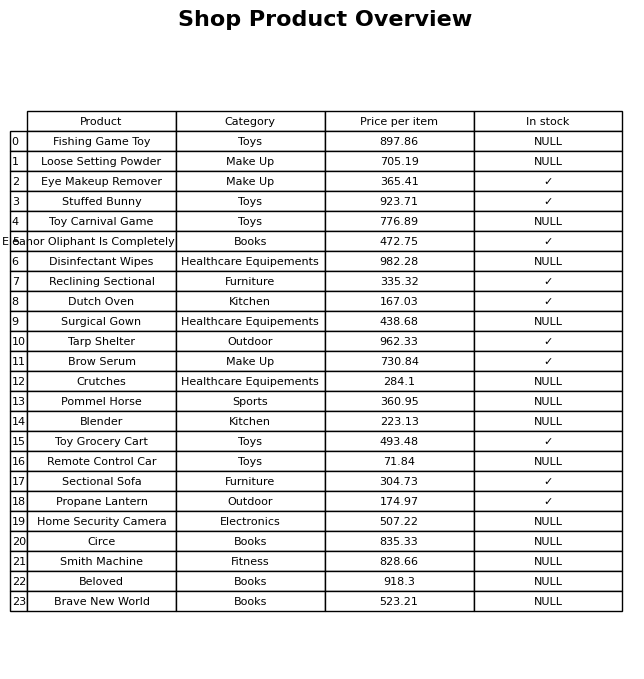
question: What is the price of the Fishing Game Toy?
answer: The price of Fishing Game Toy is 897.86.